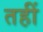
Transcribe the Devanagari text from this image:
तहीं